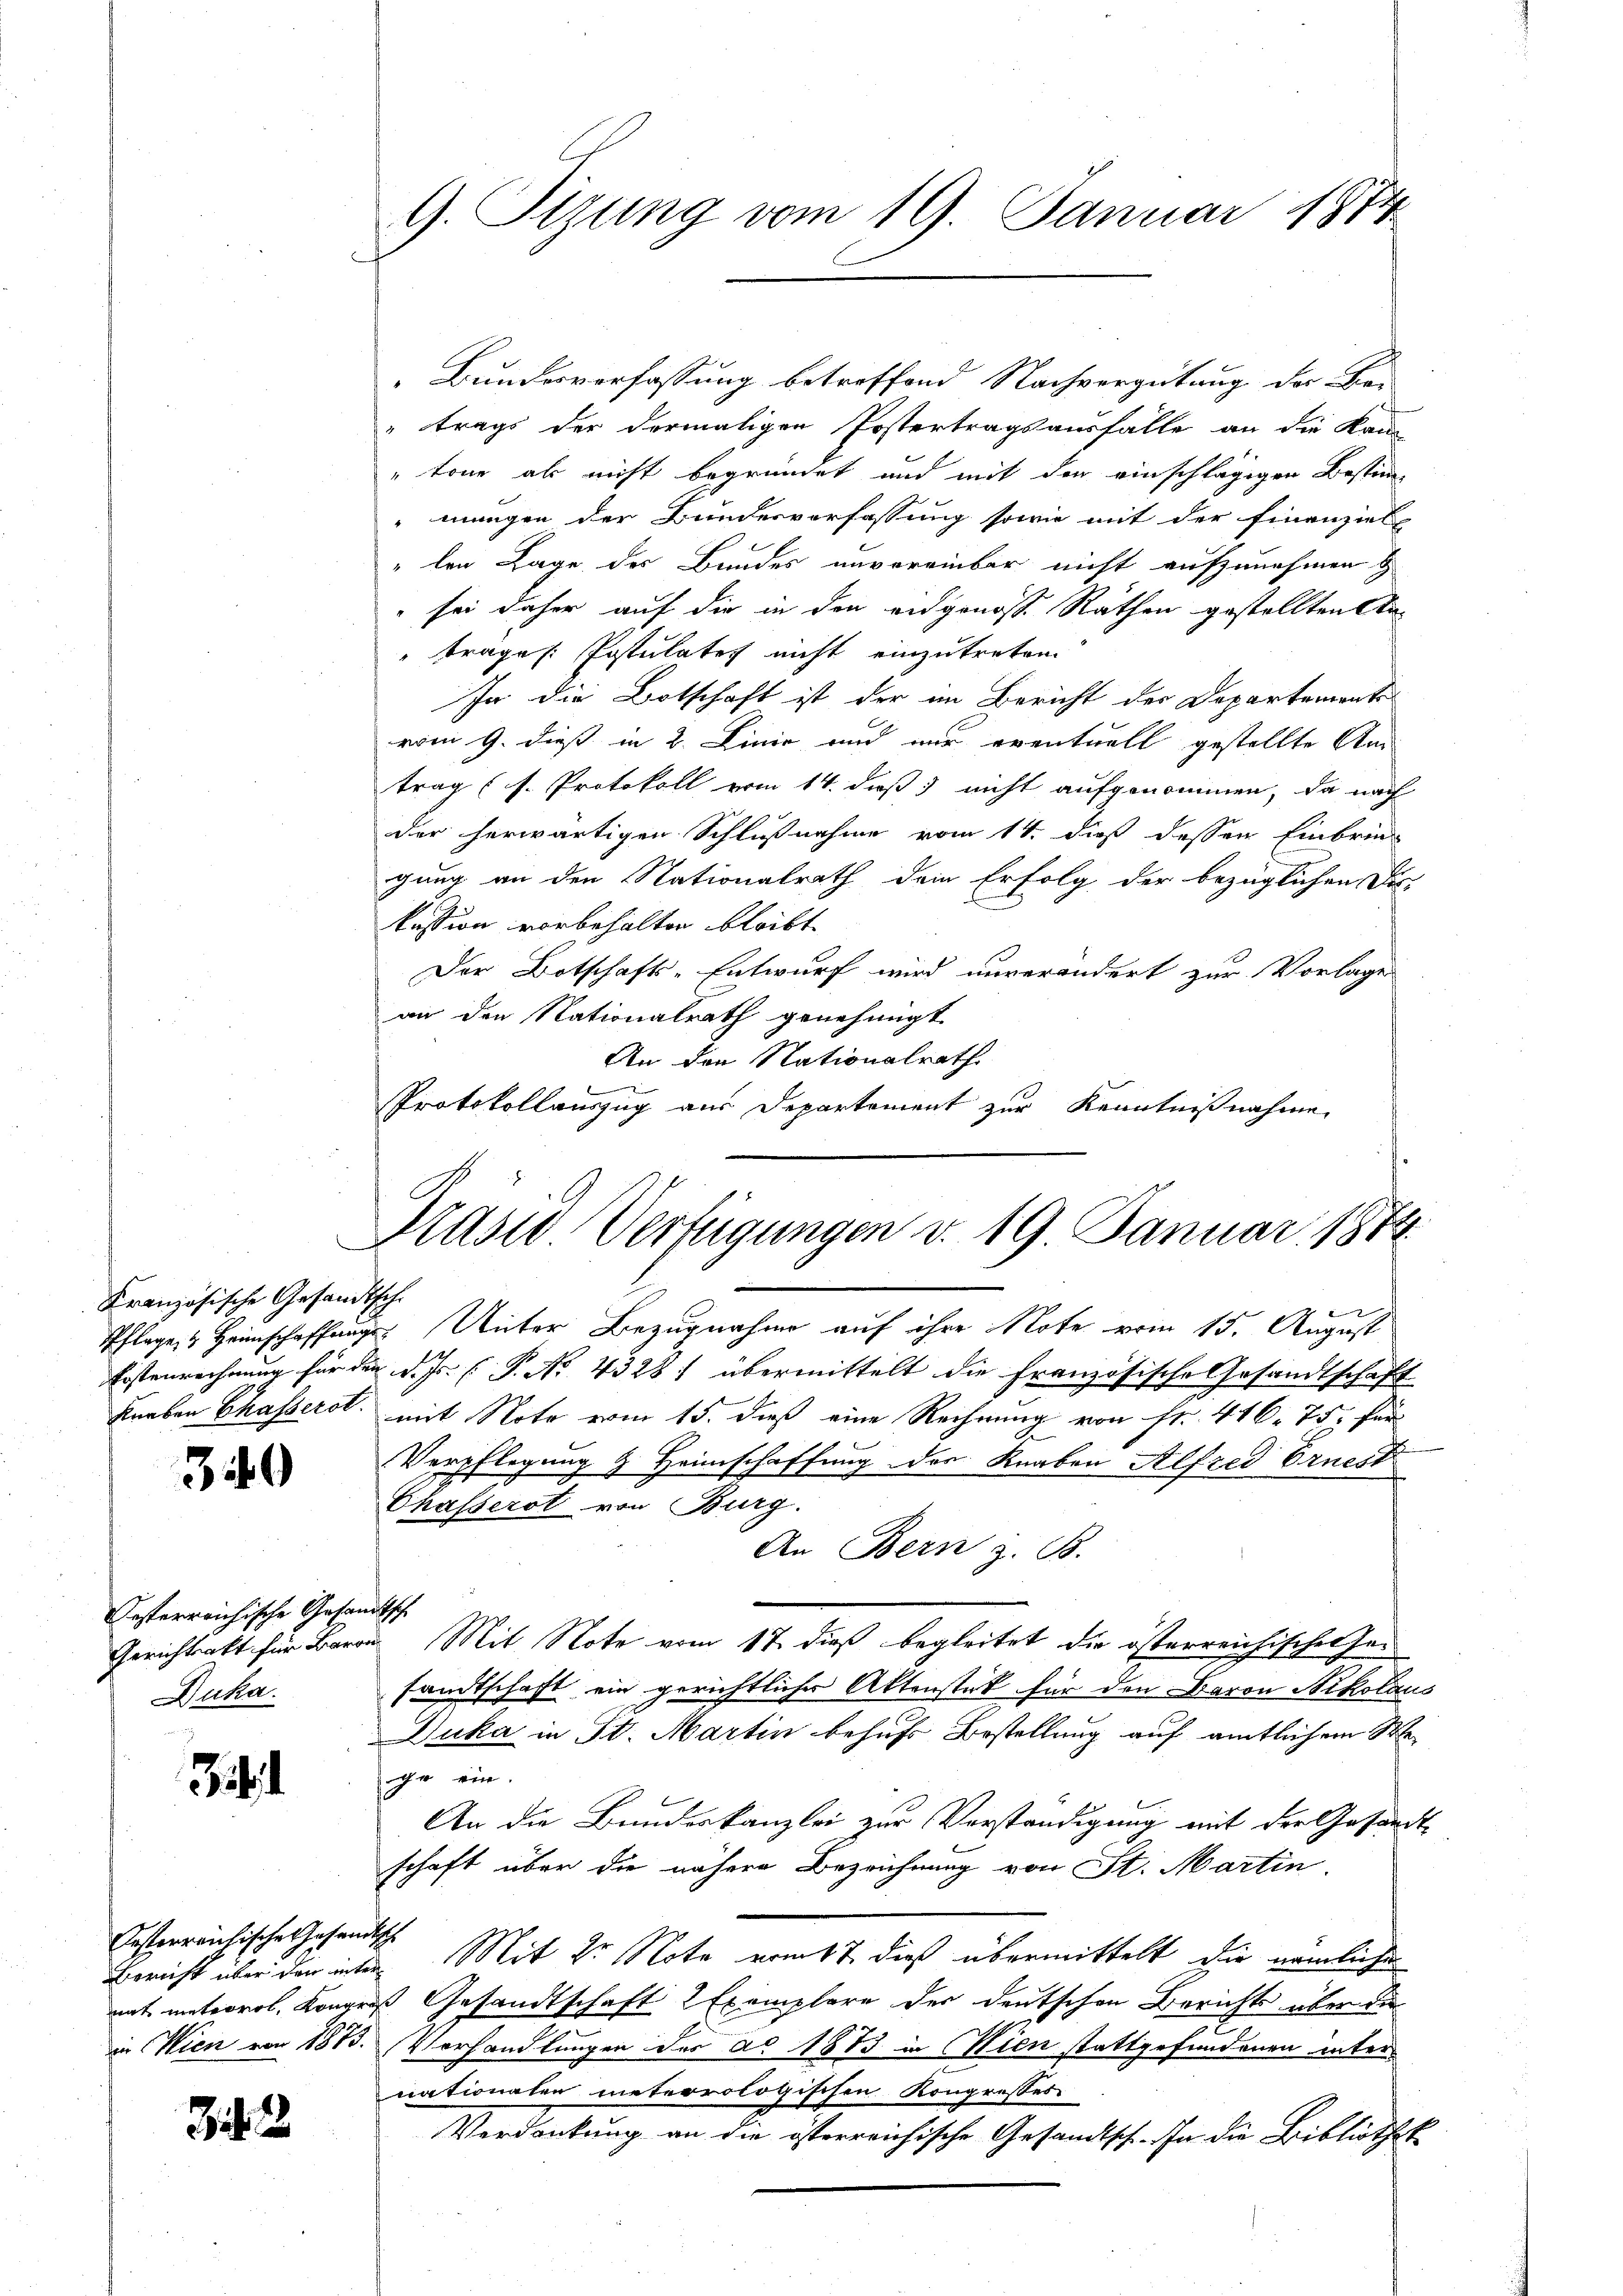
Französische Gesamt
Knaben Chasserst

30

Oesterreichische Gesan
Gerichtenkt für Baro
Duka

.

Oesterreichische Gesandtisch
in Wien von 1873.

Z 2

Bundesverfassung betreffend Nachvergütung der Be-
" trags der dormaligen Postertragsausfalle an die Kam
"tone als nicht begründet und mit der einschlägigen Bestim
mungen der Bundesverfassung sowie mit der Finanziel
"len Lage des Bundes unvoreinbar nicht aufzunehmen &
sei daher auf die in den eidgenosse Räthen gestellten An-
trages Postulates nicht einzutreten
In die Botschaft ist der im Bericht der Departemente
vom 9. dieß in 2. Linie und nur eventuell gestellte Am
trag (s. Protokoll vom 14. dieß nicht aufgenommen, da nach
der herwärtigen Schlußnahme vom 14. dieß dessen Einbring
gung an den Nationalrath dein Erfolg der bezüglichen Des-
kession vorbehalten bleibt.
Der Botschafts-Entwurf wird unverändert zur Vorlage
an den Nationalrath genehmigt.
An den Nationalrath.
Protokollauszug aus Departement zur Kenntnißnahme

G. Stzung vom 19. Januar 1874.

H.
Pflegen Heimschaffungs Unter Bezugnahme auf ihre Note vom 15. August
Erstenrechnung für den d. Js. P. No 4328) übermittelt die französische Gesandtschaft
mit Note vom 15. daß eine Rechnung von fr. 410. 75. für
Verpflegung & Heimschaffung der Knaben Alfred Ernest
Chasserst von Burg.
An Bern z. B.
e
u Mit Note vom 17. dieß begleitet die österreichischen Gesandtschaft ein gerichtlicher Aktenstat für den Baron Nikolaus
Duka in St. Martin behufs Bestellung auf amtlichem Stage ein.
An die Bundeskanzlei zur Verständigung mit der Gesandt-
schaft über die nähere Bezeichnung von St. Martin.
Bericht über den inter Mit dr Note vom 17. dieß übermittelt die nämliche
mat meteorol. Kongroß Gesandtschaft 2 Exemplare der deutschen Berichts über die
Vorhandlungen des ad 1873 in Wien stattgefundenen inter
nationalen meteorologischen Kongresses
Verdankung an die österreichische Gesandtsch. In die Bibliothek

Plast. Verfügungen v. 19. Januar 1874.